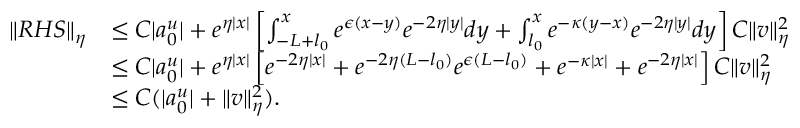
\begin{array} { r l } { \| R H S \| _ { \eta } } & { \leq C | a _ { 0 } ^ { u } | + e ^ { \eta | x | } \left[ \int _ { - L + l _ { 0 } } ^ { x } e ^ { \epsilon ( x - y ) } e ^ { - 2 \eta | y | } d y + \int _ { l _ { 0 } } ^ { x } e ^ { - \kappa ( y - x ) } e ^ { - 2 \eta | y | } d y \right] C \| v \| _ { \eta } ^ { 2 } } \\ & { \leq C | a _ { 0 } ^ { u } | + e ^ { \eta | x | } \left[ e ^ { - 2 \eta | x | } + e ^ { - 2 \eta ( L - l _ { 0 } ) } e ^ { \epsilon ( L - l _ { 0 } ) } + e ^ { - \kappa | x | } + e ^ { - 2 \eta | x | } \right] C \| v \| _ { \eta } ^ { 2 } } \\ & { \leq C ( | a _ { 0 } ^ { u } | + \| v \| _ { \eta } ^ { 2 } ) . } \end{array}